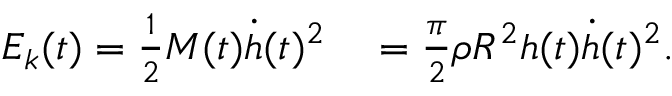
\begin{array} { r l } { E _ { k } ( t ) = \frac { 1 } { 2 } M ( t ) \dot { h } ( t ) ^ { 2 } } & { { } = \frac { \pi } { 2 } \rho R ^ { 2 } h ( t ) \dot { h } ( t ) ^ { 2 } . } \end{array}